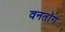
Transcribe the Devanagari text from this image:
वनतॉंग